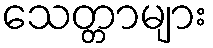
သေတ္တာများ